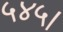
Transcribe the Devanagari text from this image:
५४५।